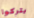
يتركوا